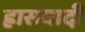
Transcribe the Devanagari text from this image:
ह्रासवादी